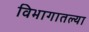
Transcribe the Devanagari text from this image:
विभागातल्या